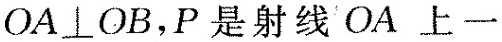
$$OA\perp OB$$，P是射线OA上一